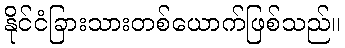
နိုင်ငံခြားသားတစ်ယောက်ဖြစ်သည်။